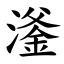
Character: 㵚